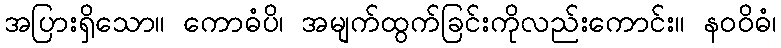
အပြားရှိသော။ ကောဓံပိ၊ အမျက်ထွက်ခြင်းကိုလည်းကောင်း။ နဝဝိဓံ၊